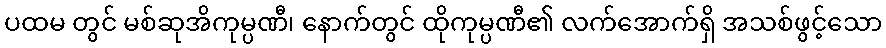
ပထမ တွင် မစ်ဆုအိကုမ္ပဏီ၊ နောက်တွင် ထိုကုမ္ပဏီ၏ လက်အောက်ရှိ အသစ်ဖွင့်သော